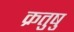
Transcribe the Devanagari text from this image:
क्रतुषु